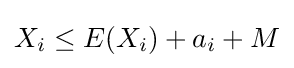
X_{i}\leq E(X_{i})+a_{i}+M